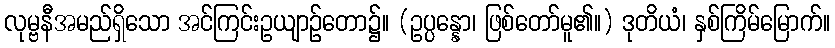
လုမ္ဗနီအမည်ရှိသော အင်ကြင်းဥယျာဉ်တော၌။ (ဥပ္ပန္နော၊ ဖြစ်တော်မူ၏။) ဒုတိယံ၊ နှစ်ကြိမ်မြောက်။